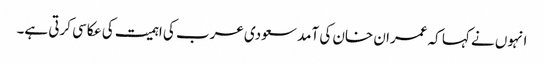
انہوں نے کہا کہ عمران خان کی آمد سعودی عرب کی اہمیت کی عکاسی کرتی ہے۔